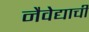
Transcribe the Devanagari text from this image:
नैवेद्याची